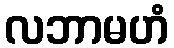
လဘာမဟံ